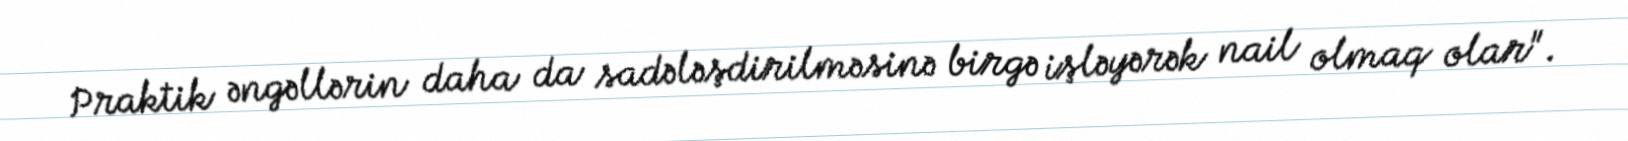
Praktik əngəllərin daha da sadələşdirilməsinə birgə işləyərək nail olmaq olar".